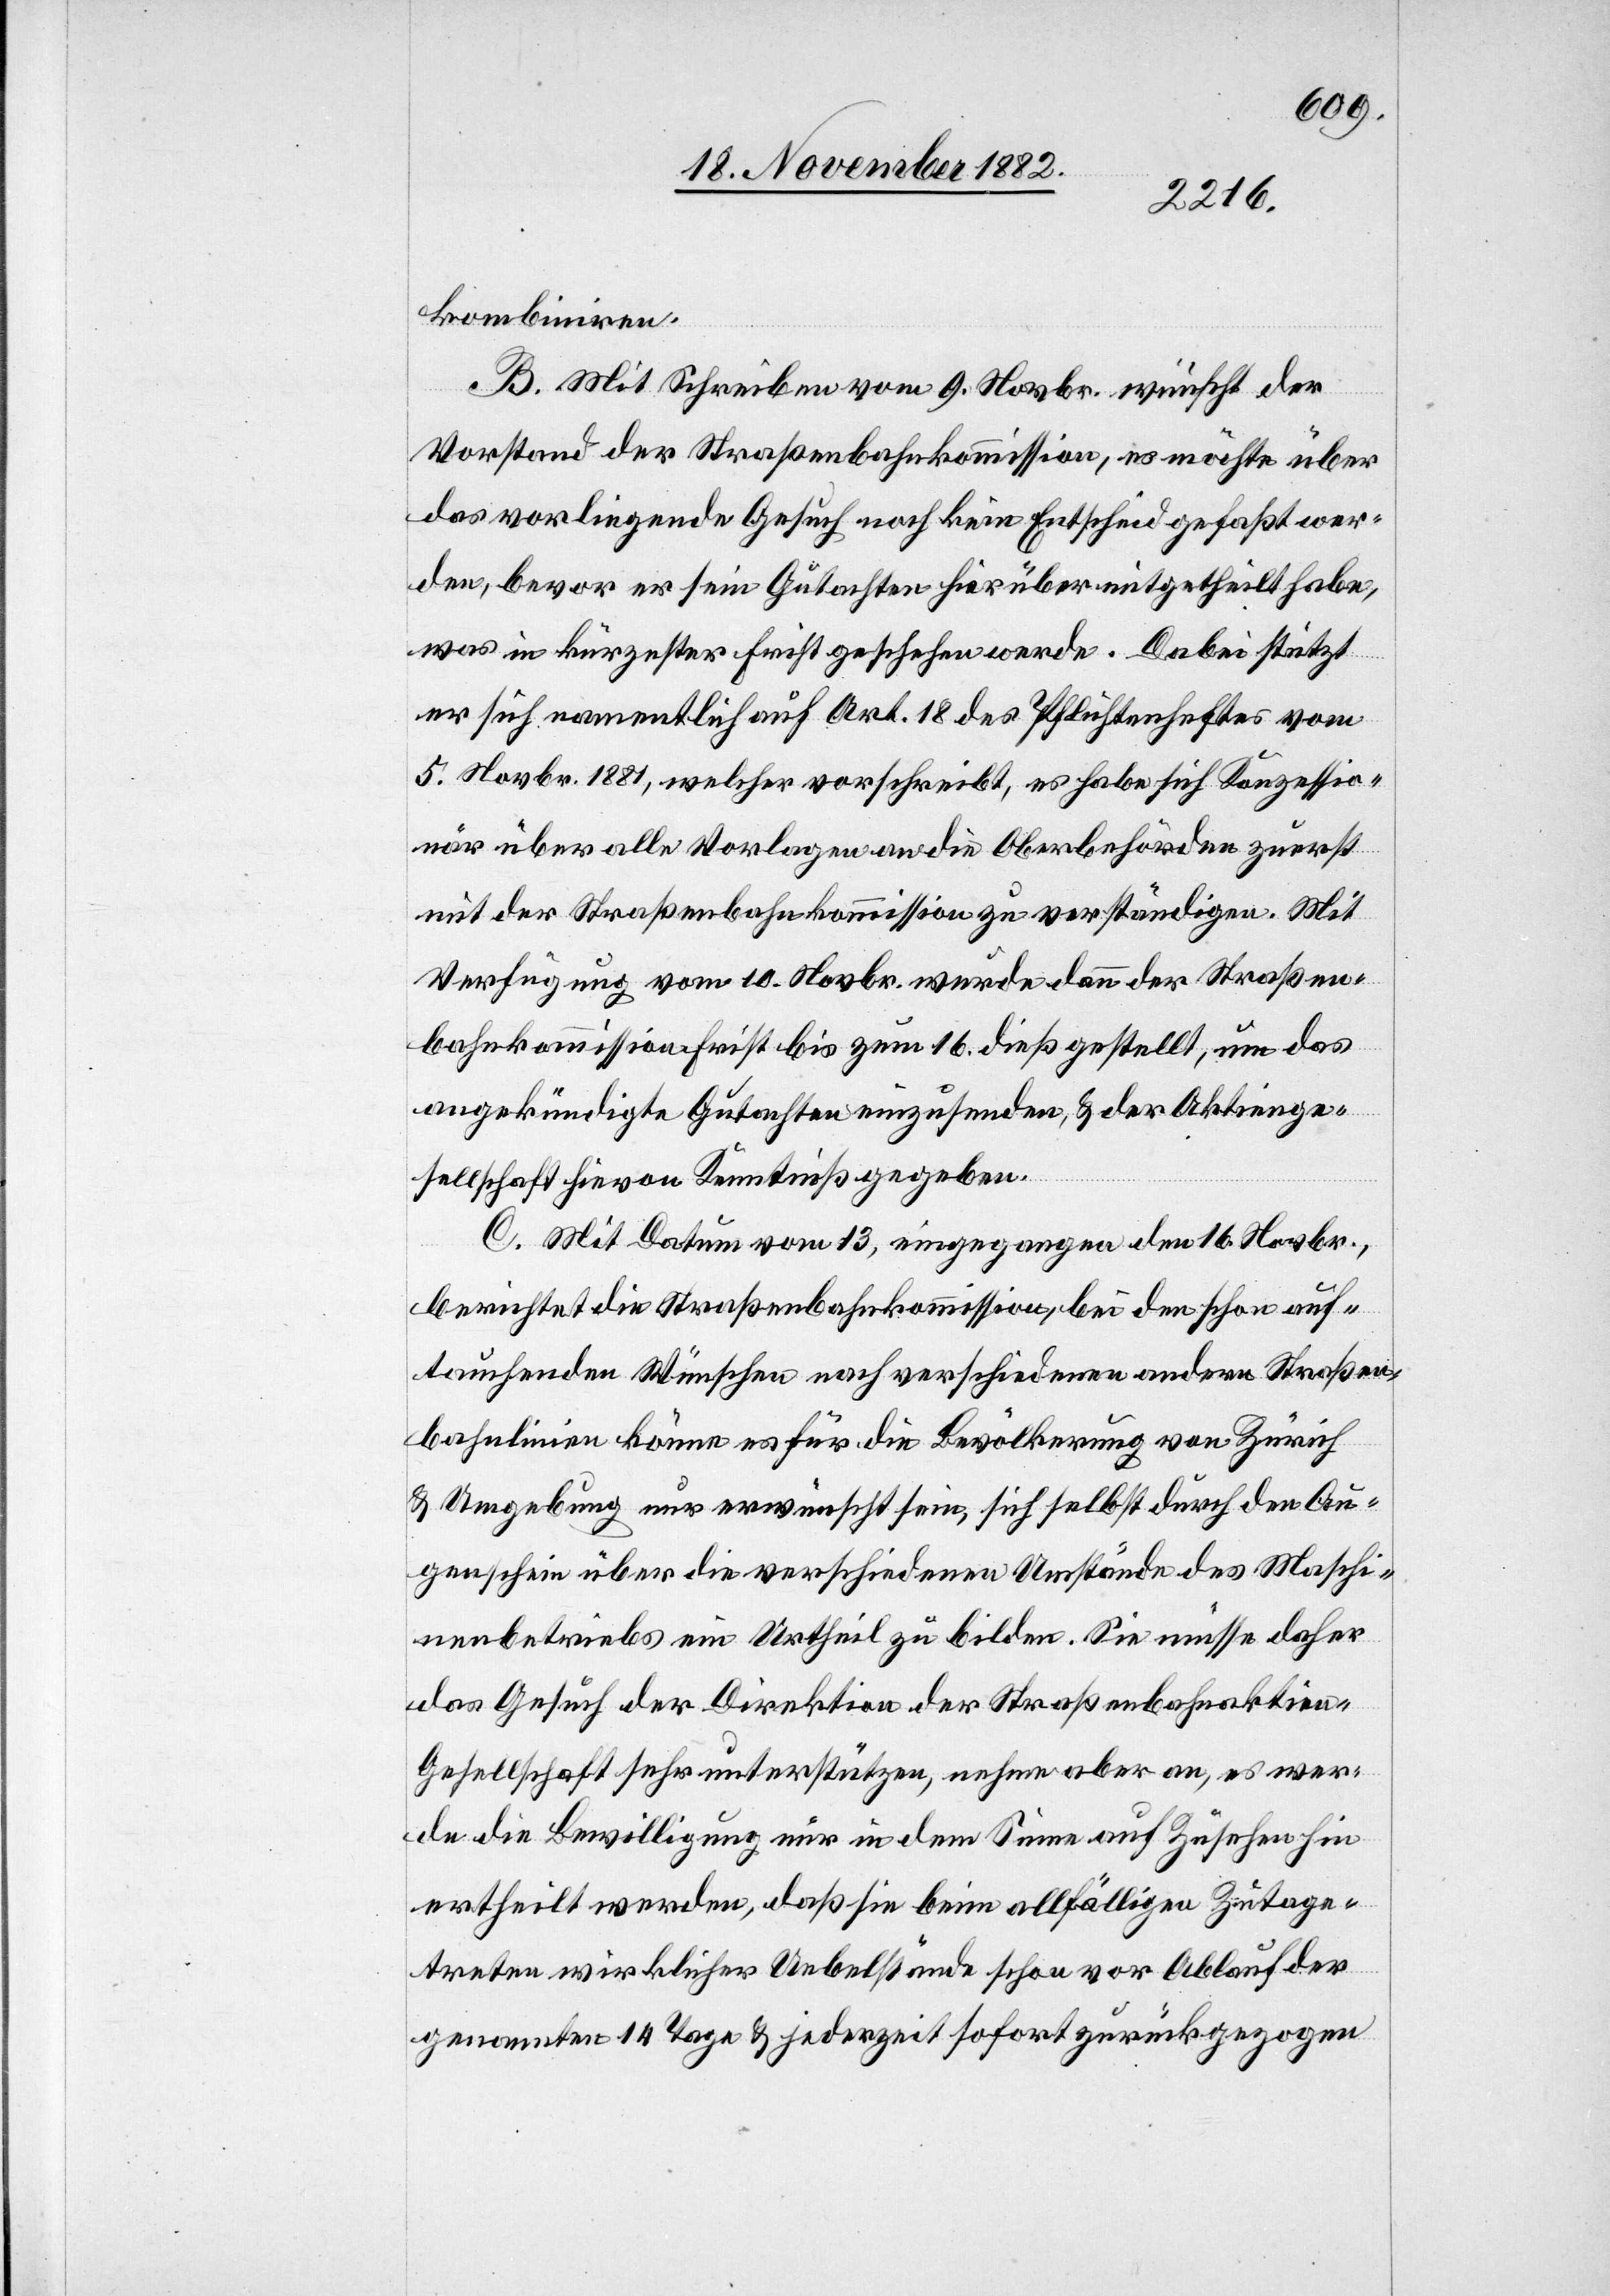
kombiniren.
B. Mit Schreiben vom 9. Novbr. wünscht der
Vorstand der Straßenbahnkommission, es möchte über
das vorliegende Gesuch noch kein Entscheid gefaßt wer¬
den, bevor er sein Gutachten hierüber mitgetheilt habe,
was in kürzester Frist geschehen werde. Dabei stützt
er sich namentlich auf Art. 18 des Pflichtenheftes vom
5. Novbr. 1881, welcher vorschreibt, es habe sich Konzessio¬
när über alle Vorlagen an die Oberbehörden zuerst
mit der Straßenbahnkommission zu verständigen. Mit
Verfügung vom 10. Novbr. wurde dann der Straßen¬
bahnkommission First bis zum 16. dieß gestellt, um das
angekündigte Gutachten einzusenden, & der Aktienge¬
sellschaft hievon Kenntniß gegeben.
C. Mit Datum vom 13[.], eingegangen den 16. Novbr.,
berichtet die Straßenbahnkommission, bei den Schon auf¬
tauchenden Wünschen nach verschiedenen andern Straßen¬
bahnlinien könne es für die Bevölkerung von Zürich
& Umgebung nur erwünscht sein, sich selbst durch den Au¬
genschein über die verschiedenen Umstände des Maschi¬
nenbetriebs ein Urtheil zu bilden. Sie müsse daher
das Gesuch der Direktion der Straßenbahnaktien-G¬
esellschaft sehr unterstützen, nehme aber an, es wer¬
de die Bewilligung nur in dem Sinne auf Zusehen hin
ertheilt werden, daß sie beim allfälligen Zutage¬
treten wirklicher Uebelstände schon vor Ablauf der
genannten 14 Tage & jederzeit sofort zurückgezogen